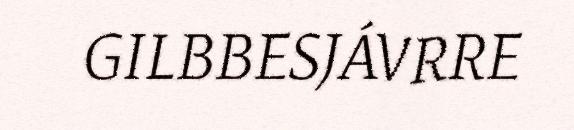
GILBBESJÁVRRE